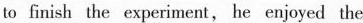
to finish the experiment, he enjoyed the